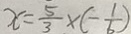
x = \frac { 5 } { 3 } \times ( - \frac { 1 } { 6 } )